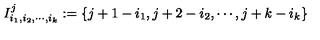
I _ { i _ { 1 } , i _ { 2 } , \cdots , i _ { k } } ^ { j } : = \{ j + 1 - i _ { 1 } , j + 2 - i _ { 2 } , \cdots , j + k - i _ { k } \}